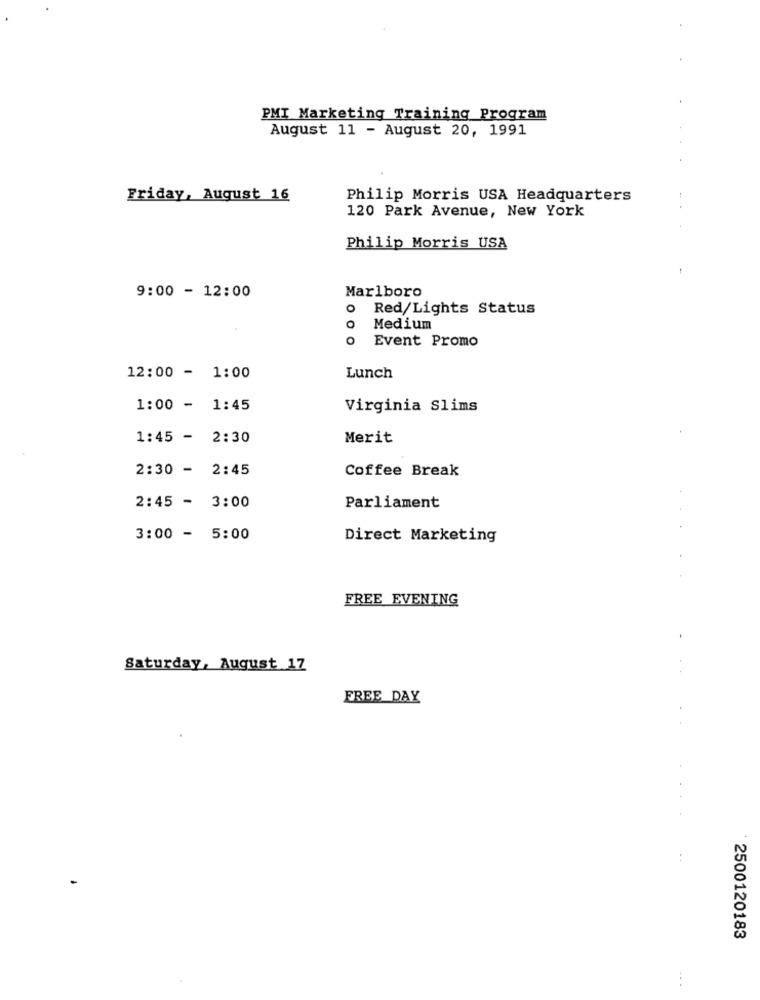
PMI Marketing Training Program
August 11 - August 20, 1991
Friday, August 16
Philip Morris USA Headquarters
120 Park Avenue, New York
Philip Morris USA
9:00 - 12:00
Marlboro
o
Red/Lights Status
Medium
Event Promo
12:00 - 1:00
Lunch
1:00 - 1:45
Virginia Slims
1:45 - 2:30
Merit
2:30 - 2:45
Coffee Break
2:45 - 3:00
Parliament
0
3:00 - 5:00
Direct Marketing
FREE EVENING
Saturday, August 17
FREE_DAY
.....
2500120183